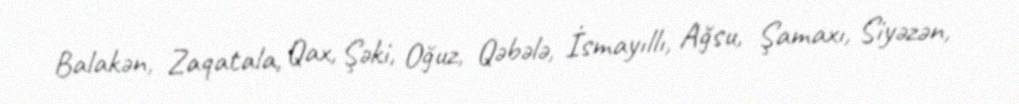
Balakən, Zaqatala, Qax, Şəki, Oğuz, Qəbələ, İsmayıllı, Ağsu, Şamaxı, Siyəzən,